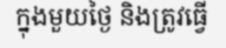
ក្នុងមួយថ្ងៃ និងត្រូវធ្វើ